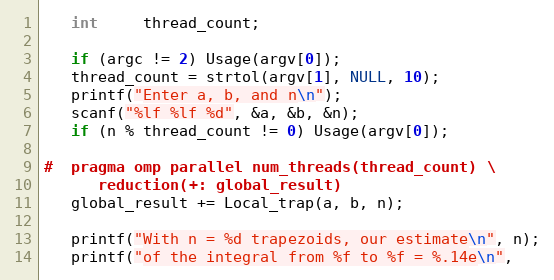
Language: C
   int     thread_count;

   if (argc != 2) Usage(argv[0]);
   thread_count = strtol(argv[1], NULL, 10);
   printf("Enter a, b, and n\n");
   scanf("%lf %lf %d", &a, &b, &n);
   if (n % thread_count != 0) Usage(argv[0]);

#  pragma omp parallel num_threads(thread_count) \
      reduction(+: global_result)
   global_result += Local_trap(a, b, n);

   printf("With n = %d trapezoids, our estimate\n", n);
   printf("of the integral from %f to %f = %.14e\n",